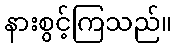
နားစွင့်ကြသည်။